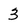
Character: 3